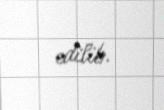
edilib.